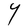
Character: Y